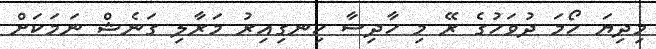
މިދިޔަ ހޯމަ ދުވަހުގެ ރޭ މި ހާދިސާ ހިނގިއިރު މަރާލި ގަނެޝް ނަމަކަށް